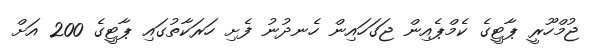
ޖުމްހޫރީ ޕާޓީގެ ކެމްޕެއިން ޖަގަހައިން ހެނދުނު ފެށި ހަރަކާތުގައި ޕާޓީގެ 200 އަށް